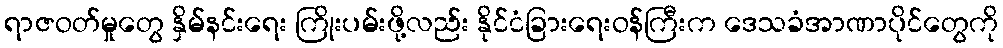
ရာဇဝတ်မှုတွေ နှိမ်နင်းရေး ကြိုးပမ်းဖို့လည်း နိုင်ငံခြားရေးဝန်ကြီးက ဒေသခံအာဏာပိုင်တွေကို